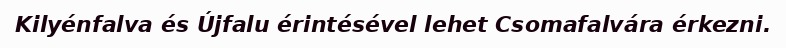
Kilyénfalva és Újfalu érintésével lehet Csomafalvára érkezni.